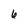
Character: 6